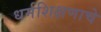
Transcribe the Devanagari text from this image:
धर्मशिक्षणाचे